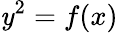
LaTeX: \mathit{y}^{2}=f(x)